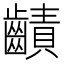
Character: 䶦